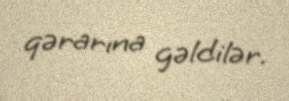
qərarına gəldilər.